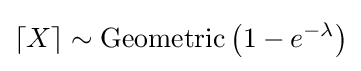
\lceil X\rceil \sim \operatorname {Geometric} \left(1-e^{-\lambda }\right)